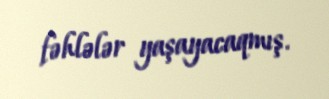
fəhlələr yaşayacaqmış.